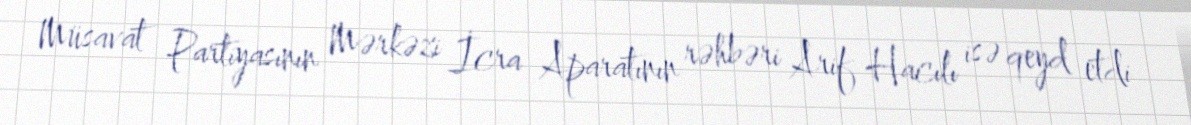
Müsavat Partiyasının Mərkəzi İcra Aparatının rəhbəri Arif Hacılı isə qeyd etdi